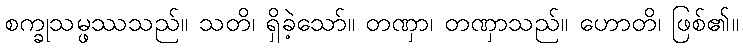
စက္ခုသမ္ဖဿသည်။ သတိ၊ ရှိခဲ့သော်။ တဏှာ၊ တဏှာသည်။ ဟောတိ၊ ဖြစ်၏။